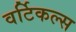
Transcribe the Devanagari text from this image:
वर्टिकल्स